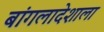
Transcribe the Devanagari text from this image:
बांगलादेशाला